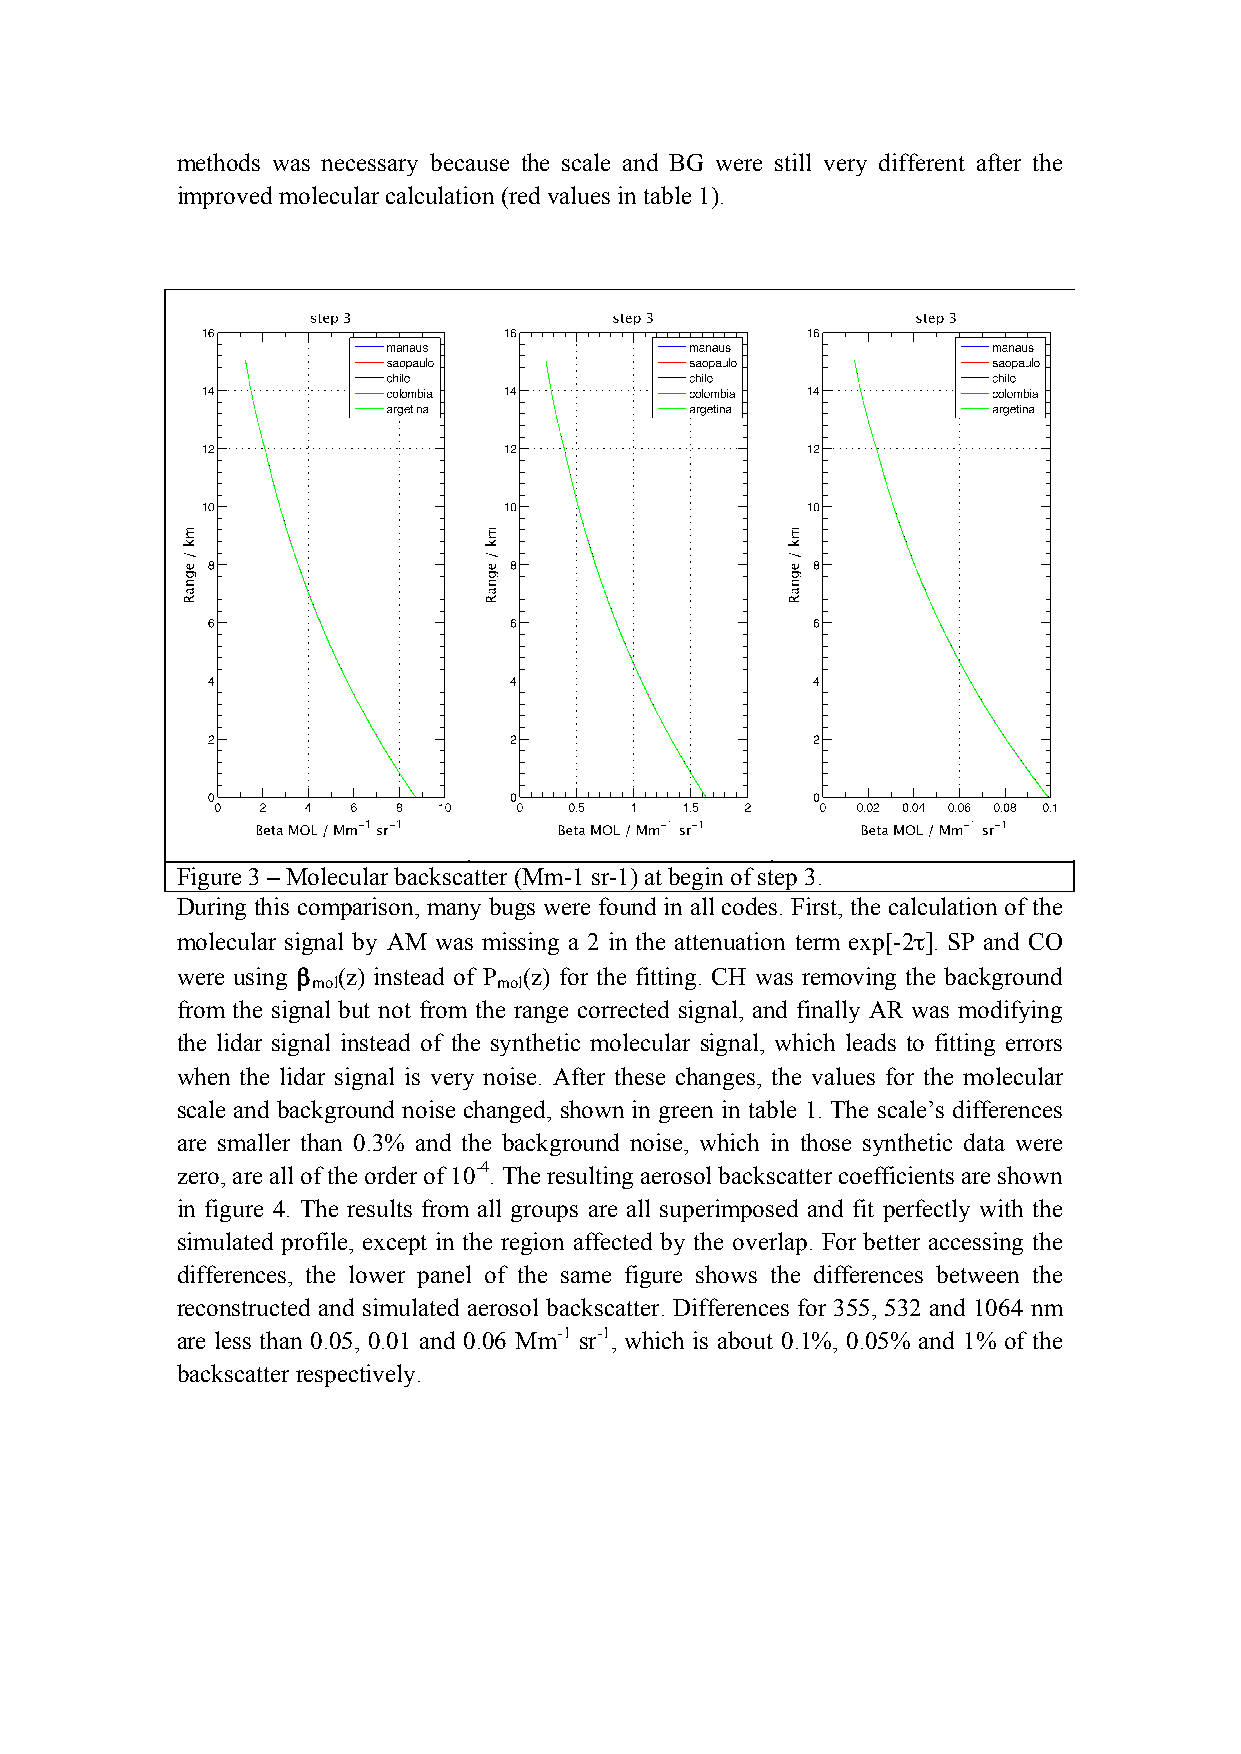
methods was necessary because the scale and BG were still very different after the
 improved molecular calculation (red values in table 1).
 Figure 3 – Molecular backscatter (Mm-1 sr-1) at begin of step 3.
 During this comparison, many bugs were found in all codes. First, the calculation of the
 molecular signal by AM was missing a 2 in the attenuation term exp[-2τ]. SP and CO
 were using β (z) instead of P (z) for the fitting. CH was removing the background
 mol         mol
 from the signal but not from the range corrected signal, and finally AR was modifying
 the lidar signal instead of the synthetic molecular signal, which leads to fitting errors
 when the lidar signal is very noise. After these changes, the values for the molecular
 scale and background noise changed, shown in green in table 1. The scale’s differences
 are smaller than 0.3% and the background noise, which in those synthetic data were
 zero, are all of the order of 10-4. The resulting aerosol backscatter coefficients are shown
 in figure 4. The results from all groups are all superimposed and fit perfectly with the
 simulated profile, except in the region affected by the overlap. For better accessing the
 differences, the lower panel of the same figure shows the differences between the
 reconstructed and simulated aerosol backscatter. Differences for 355, 532 and 1064 nm
 are less than 0.05, 0.01 and 0.06 Mm-1 sr-1, which is about 0.1%, 0.05% and 1% of the
 backscatter respectively.